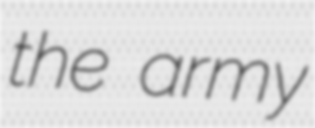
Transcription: the army